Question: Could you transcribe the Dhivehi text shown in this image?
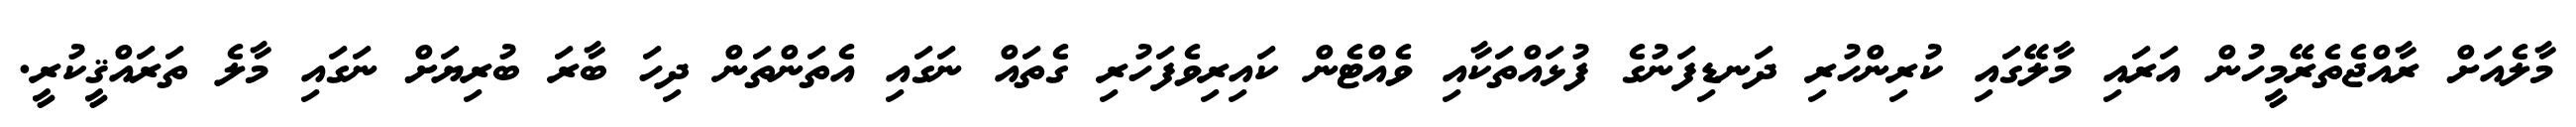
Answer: މާލެއަށް ރާއްޖެތެރޭމީހުން އަރައި މާލޭގައި ކުރިންހުރި ދަނޑިފަނުގެ ފުޅައްތަކާއި ވެއްޓެން ކައިރިވެފަހުރި ގެތައް ނަގައި އެތަންތަން ދިހަ ބާރަ ބުރިޔަށް ނަގައި މާލެ ތަރައްޤީކުރީ.